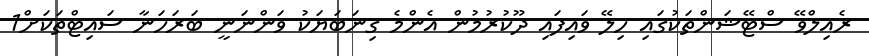
ރެއިލްވޭ ސްޓޭޝަންތަކުގައި ހިލޭ ވައިފައި ދޫކުރުމުން އެންމެ ގިނަބަޔަކު ވަންނަނީ ބަރަހަނާ ސައިޓްތަކަށް1